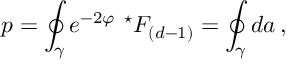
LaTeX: p = \oint _ { \gamma } e ^ { - 2 \varphi } \ { } ^ { \star } F _ { ( d - 1 ) } = \oint _ { \gamma } d a \, ,